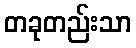
တခုတည်းသာ